King Institute of Preventive Medicine Micro-Biological Section reports 1909-11
Year: 1909
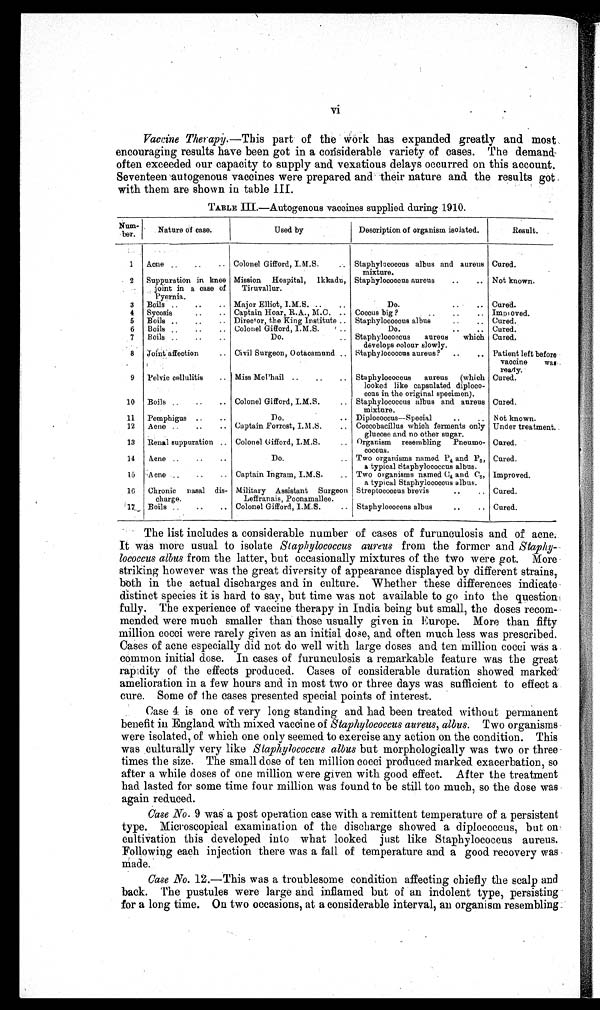
vi
Vaccine Therapy.—This part of the Work has expanded greatly and most.
encouraging results have been got in a considerable variety of cases. The demand
often exceeded our capacity to supply and vexatious delays occurred on this account.
Seventeen autogenous vaccines were prepared and their nature and the results got
with them are shown in table III.
TABLE III.—Autogenous vaccines supplied during 1910.
N u m
ber.
Nature of case.
Used by
Description of organism isolated.
Result.
1
Acne ..
..
.. Colonel Gifford, I.M.S.
Staphylococcus albus and aureus
mixture.
Cured.
2 Suppuration in knee
joint in a case of
Pyernia.
Mission Hospital, Ikkadu,
Tiruvallur.
Staphylococcus aureus
..
.. Not known.
3
Boils ..
..
.. Major Elliot, I.M.S. ..
..
Do.
..
.. Cured.
4
Syeosis
..
.. Captain Hoar, R.A., M.C. .. Coccus big ?
..
..
.. Improved.
5 Boils ..
..
.. Direc t or, the King Institute .. Staphylococcus albus
..
.. Cured.
6
Boils ..
..
.. Colonel Gifford, I.M.S.
..
Do.
..
.. Cured.
7
Boils ..
..
..
Do.
.. Staphylococcus aureus which
develops colour slowly.
Cured.
8 Joint affection
.. Civil Surgeon, Ootacamund .. Staphylococcus aureus?
..
.. Patient left before
vaccine was
ready.
9 Pelvic cellulitis
.. Miss McPhail ..
..
.. Staphylococcus aureus (which
looked like capsulated diploco-
ceus in the original specimen).
Cured.
10 Boils ..
..
.. Colonel Gifford, I.M.S.
.. Staphylococcus albus and aureus
mixture.
Cured.
11 Pemphigus ..
..
Do.
.. Diplococcus—Special
..
.. Not known.
12 Acne ..
..
.. Captain Forrest, I.M.S.
.. Coccobacillus which ferments only
glucose and no other sugar.
Under treatment.
13 Renal suppuration .. Colonel Gifford, I.M.S.
.. Organism resembling Pneumo-
coccus .
Cured.
14
Acne ..
..
..
Do.
.. Two organisms named P 4 and P5
, a t y p i c a l S t a p h y l o c o c c u s a l b u s .
Cured.
15
A cne ..
..
.. Captain Ingram, I.M.S.
.. Two organisms named C4 and C5 ,
a typical Staphylococcus albus.
Improved.
16
Chronic nasal dis-
charge.
Military Assistant Surgeon
Leffranais, Poonamallee.
Streptococcus brevis
.. •
Cured.
17 Boils ..
..
.. Colonel Gifford, I.M.S .
..
Staphylococcus albus
..
.. Cured.
The list includes a considerable number of cases of furunculosis and of acne.
It was more usual to isolate Staphylococcus aureus from the former and Staphy-
lococcus albus from the latter, but occasionally mixtures of the two were got. More
striking however was the great diversity of appearance displayed by different strains,
both in the actual discharges and in culture. Whether these differences indicate
distinct species it is hard to say, but time was not available to go into the question
fully. The experience of vaccine therapy in India being but small, the doses recom
-
mended were much smaller than those usually given in Europe. More than fifty
million cocci were rarely given as an initial dose, and often much less was prescribed.
Cases of acne especially did not do well with large doses and ten million cocci was a
common initial dose. In cases of furuneulosis a remarkable feature was the great
rapidity of the effects produced. Cases of considerable duration showed marked
amelioration in a few hours and in most two or three days was sufficient to effect a
cure. Some of the cases presented special points of interest.
Case 4 is one of very long standing and had been treated without permanent
benefit in England with mixed vaccine of Staphylococcus aureus, albus. Two organisms
were isolated, of which one only seemed to exercise any action on the condition. This
was culturally very like Staphylococcus albus but morphologically was two or three
times the size. The small dose of ten million cocci produced marked exacerbation, so
after a while doses of one million were given with good effect. After the treatment
had lasted for some time four million was found to be still too much, so the dose was
again reduced.
Case No. 9 was a post operation case with a remittent temperature of a persistent
type. Microscopical examination of the discharge showed a diplococcus, but on
cultivation this developed into what looked just like Staphylococcus aureus.
Following each injection there was a fall of temperature and a good recovery was
m a d e .
Case No. 12.—This was a troublesome condition affecting chiefly the scalp and
back. The pustules were large and inflamed but of an indolent type, persisting
for a long time. On two occasions, at a considerable interval, an organism resembling